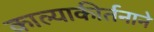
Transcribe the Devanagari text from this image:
काल्याकीर्तनाने